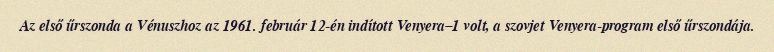
Az első űrszonda a Vénuszhoz az 1961. február 12-én indított Venyera–1 volt, a szovjet Venyera-program első űrszondája.